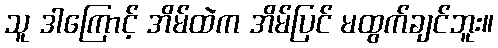
သူ ဒါကြောင့် အိမ်ထဲက အိမ်ပြင် မထွက်ချင်ဘူး။